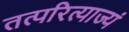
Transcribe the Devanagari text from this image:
तत्परित्याज्यं